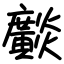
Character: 𤒼